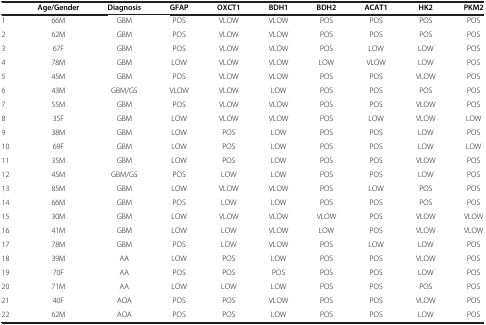
|  | Age/Gender | Diagnosis | GFAP | OXCT1 | BDH1 | BDH2 | ACAT1 | HK2 | PKM2 |
 | --- | --- | --- | --- | --- | --- | --- | --- | --- | --- |
 | 1 | 66M | GBM | POS | VLOW | VLOW | POS | POS | POS | POS |
 | 2 | 62M | GBM | POS | VLOW | VLOW | POS | POS | POS | POS |
 | 3 | 67F | GBM | POS | VLOW | VLOW | POS | LOW | LOW | POS |
 | 4 | 78M | GBM | LOW | VLOW | VLOW | LOW | VLOW | LOW | POS |
 | 5 | 45M | GBM | POS | VLOW | VLOW | POS | POS | VLOW | POS |
 | 6 | 43M | GBM/GS | VLOW | VLOW | LOW | POS | POS | POS | POS |
 | 7 | 55M | GBM | POS | VLOW | VLOW | POS | POS | VLOW | POS |
 | 8 | 35F | GBM | LOW | VLOW | VLOW | POS | LOW | VLOW | LOW |
 | 9 | 38M | GBM | LOW | POS | LOW | POS | POS | LOW | POS |
 | 10 | 69F | GBM | LOW | POS | LOW | POS | POS | LOW | LOW |
 | 11 | 35M | GBM | LOW | POS | LOW | POS | POS | VLOW | POS |
 | 12 | 45M | GBM/GS | POS | LOW | LOW | POS | POS | LOW | POS |
 | 13 | 85M | GBM | LOW | VLOW | VLOW | POS | LOW | POS | POS |
 | 14 | 66M | GBM | POS | LOW | LOW | POS | POS | POS | POS |
 | 15 | 30M | GBM | LOW | VLOW | VLOW | VLOW | POS | VLOW | VLOW |
 | 16 | 41M | GBM | LOW | LOW | VLOW | LOW | POS | VLOW | VLOW |
 | 17 | 78M | GBM | POS | LOW | VLOW | POS | LOW | LOW | POS |
 | 18 | 39M | AA | LOW | POS | LOW | POS | POS | VLOW | POS |
 | 19 | 70F | AA | POS | POS | POS | POS | POS | LOW | POS |
 | 20 | 71M | AA | LOW | LOW | LOW | POS | POS | POS | POS |
 | 21 | 40F | AOA | POS | POS | VLOW | POS | POS | VLOW | POS |
 | 22 | 62M | AOA | POS | POS | LOW | POS | POS | LOW | POS |